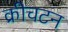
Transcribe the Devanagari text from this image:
क्रीचटन